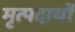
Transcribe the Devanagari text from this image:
मृत्पदार्थो